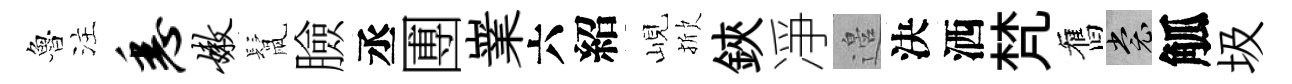
魯注悉嫩鬛臉丞圑嶪六紹峴掀鋏凈邉決洒梵舊裳觚圾